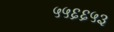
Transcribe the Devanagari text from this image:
५५६६५३